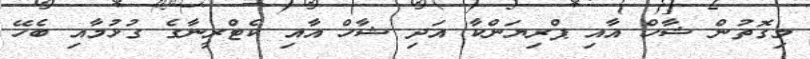
މިގޮތުން ޝާހް އާއި ޕްރިޔަންކާ އަދި ޝާހް އާއި ކެޓްރީނާގެ ގުޅުމާއި ބެހޭ